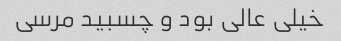
خیلی عالی بود و چسبید مرسی